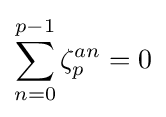
\sum _{n=0}^{p-1}\zeta _{p}^{an}=0